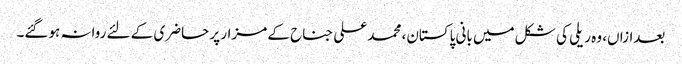
بعدازاں، وہ ریلی کی شکل میں بانی پاکستان، محمد علی جناح کے مزار پر حاضری کے لئے روانہ ہوگئے۔